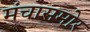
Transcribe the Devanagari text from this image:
मंचासमोर